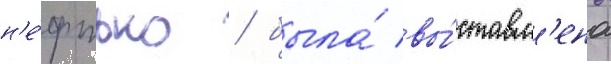
н'е́фтью / была́ вы́ставл'ена